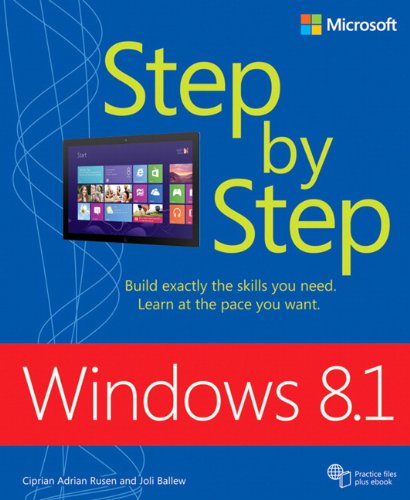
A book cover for Windows 8.1 Step by Step; Ciprian Rusen; Computers & Technology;